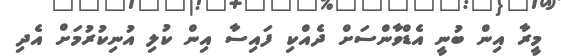
މީރާ އިން ބުނީ އެޑްވާންސަށް ދެއްކި ފައިސާ އިން ކުލި އުނިކުރުމަށް އެދި